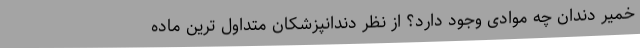
خمیر دندان چه موادی وجود دارد؟ از نظر دندانپزشکان متداول ترین ماده